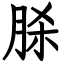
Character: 脎